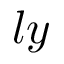
l y